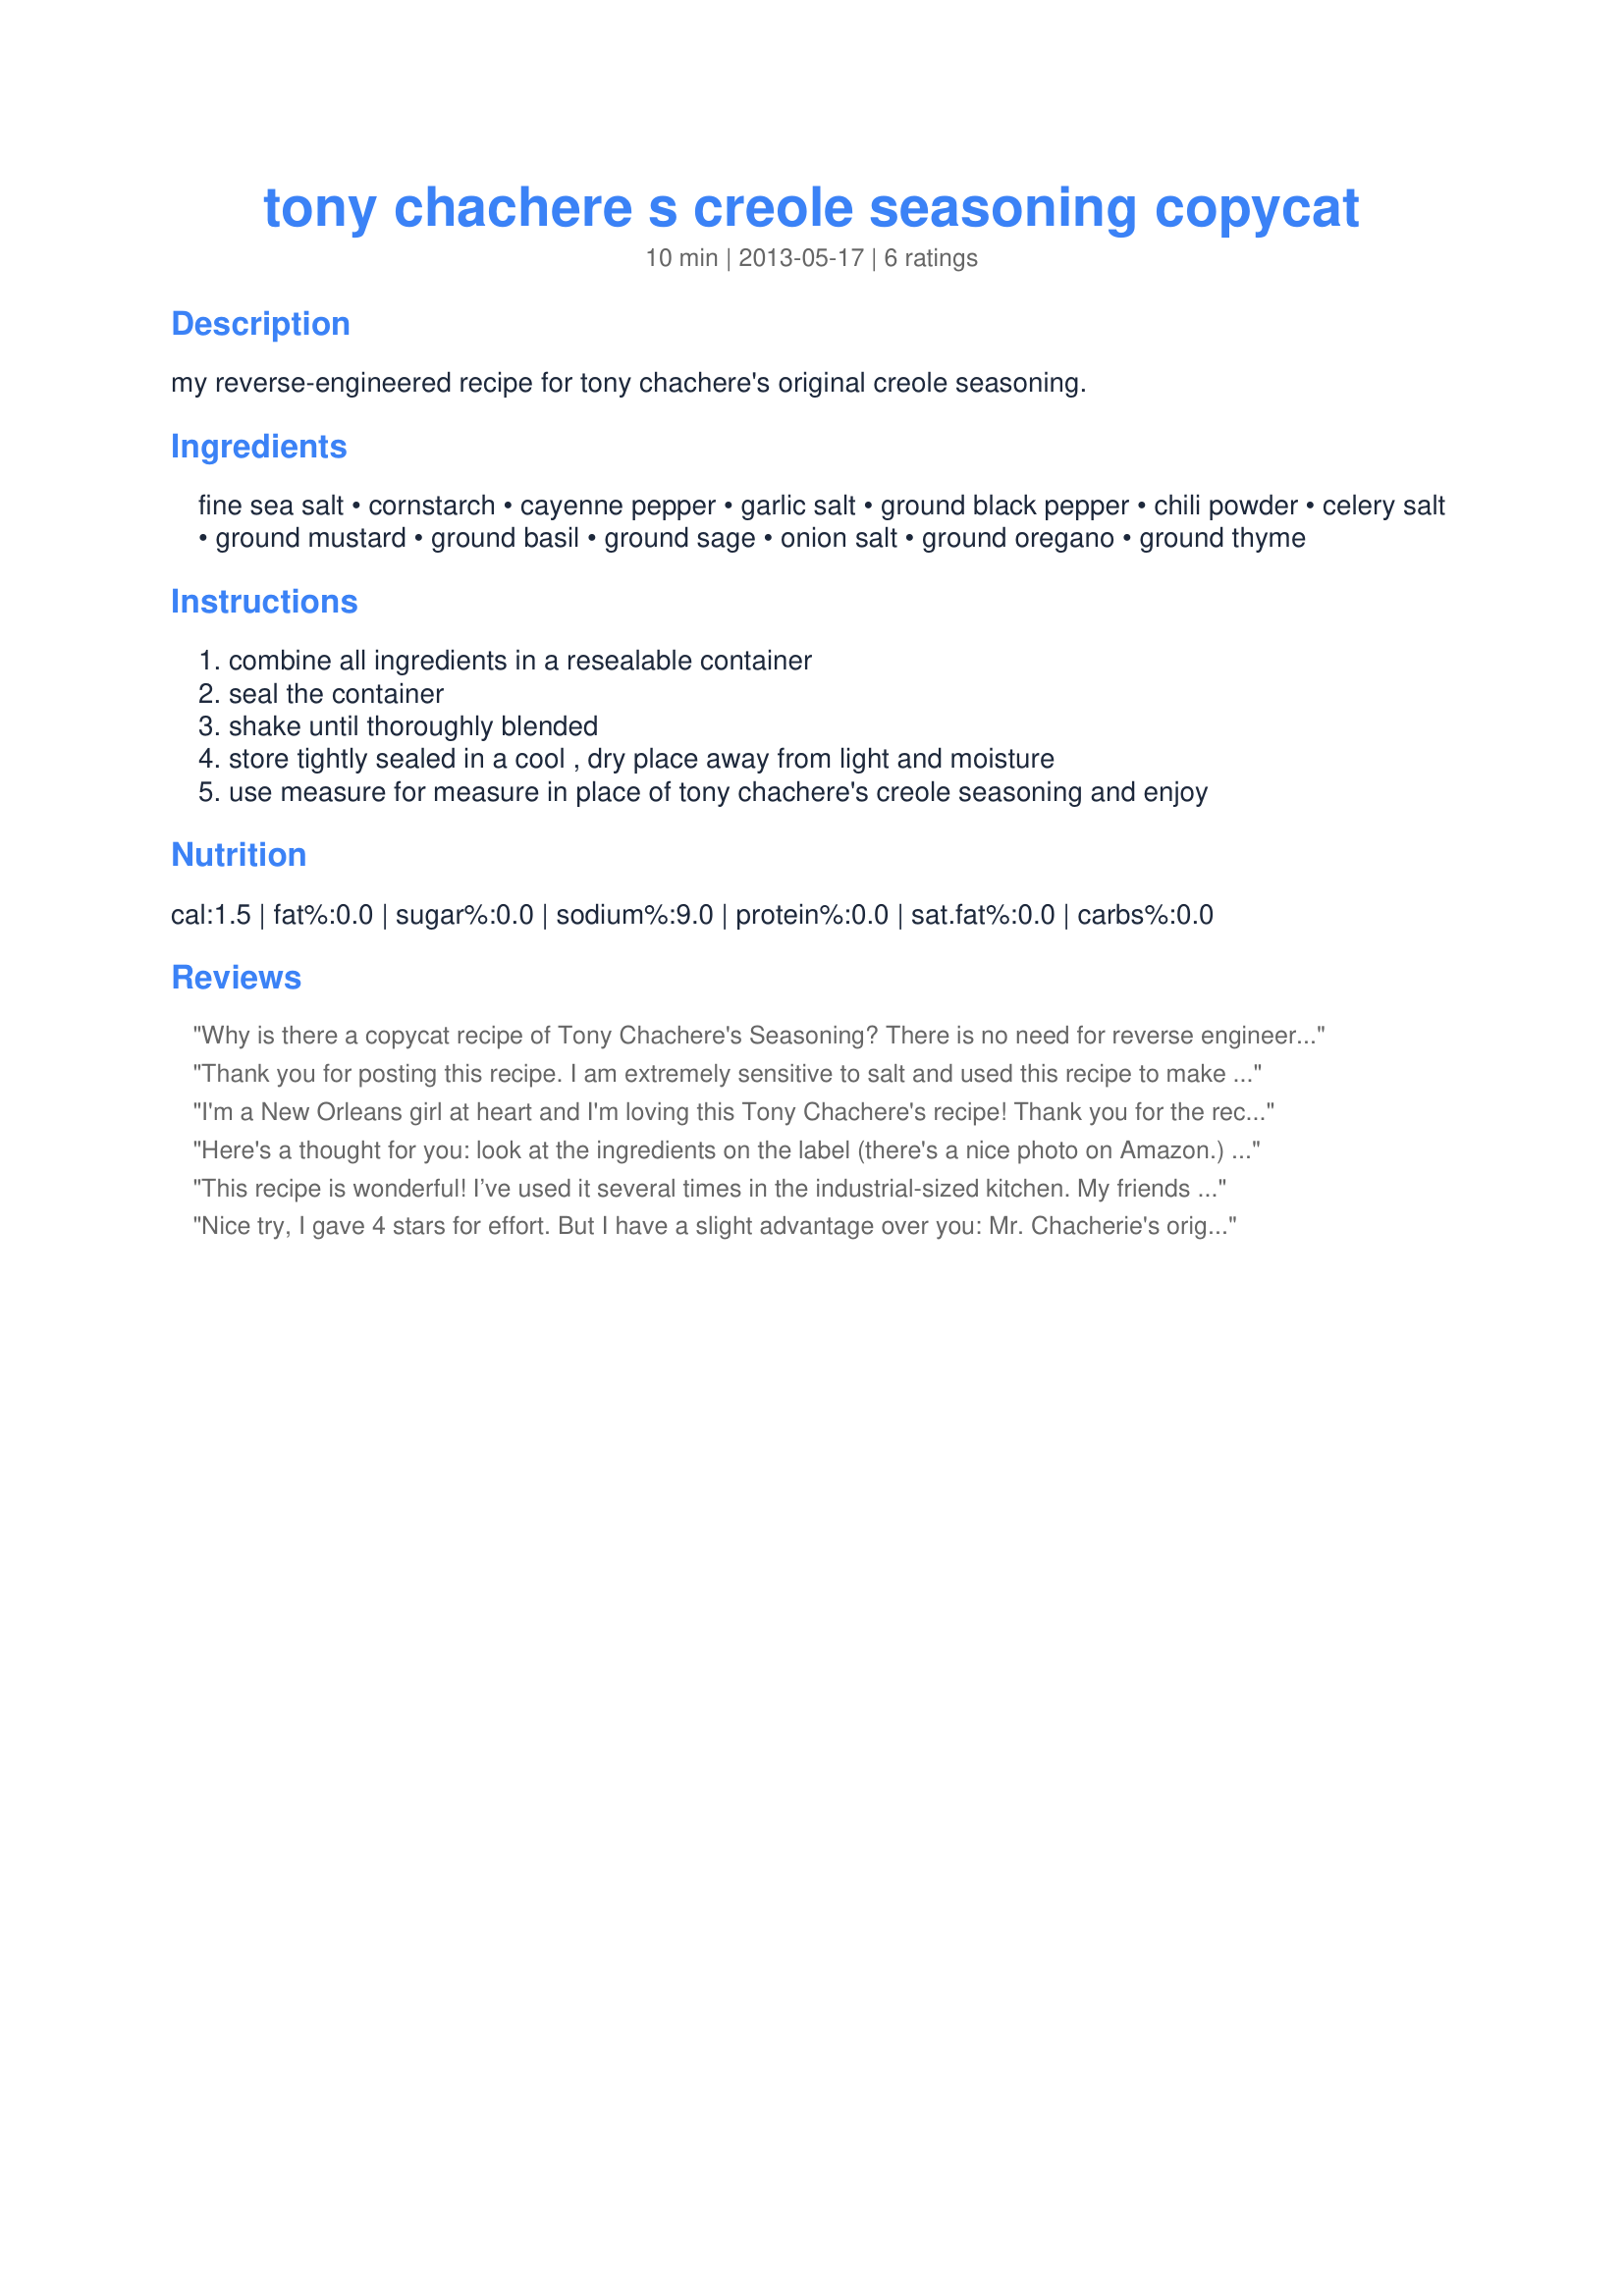
tony chachere s creole seasoning copycat
Preparation time: 10 minutes

my reverse-engineered recipe for tony chachere's original creole seasoning.

Ingredients:
fine sea salt, cornstarch, cayenne pepper, garlic salt, ground black pepper, chili powder, celery salt, ground mustard, ground basil, ground sage, onion salt, ground oregano, ground thyme

Steps:
combine all ingredients in a resealable container, seal the container, shake until thoroughly blended, store tightly sealed in a cool , dry place away from light and moisture, use measure for measure in place of tony chachere's creole seasoning and enjoy

Reviews:
Why is there a copycat recipe of Tony Chachere's Seasoning? There is no need for reverse engineering. Tony, himself, provides the EXACT recipe in his cookbook,Tony Chachere's Cajun Country Cookbook available on Amazon.com. Read the reviews. He notes in the cookbook that the recipe itself is worth the price of the cookbook. I have used the recipe for over 20 years and it is exactly as it is when you purchase the container in the store.
Thank you for posting this recipe. I am extremely sensitive to salt and used this recipe to make mine without all of the extra salt. I made a big batch of it and have been enjoying all of the flavors without worrying that I will stroke out at any moment.
I'm a New Orleans girl at heart and I'm loving this Tony Chachere's recipe! Thank you for the recipe, I used it on my Whole 30 blog!
Here's a thought for you: look at the ingredients on the label (there's a nice photo on Amazon.) The 'recipe' is a lot simpler than all the ingredients listed here. I'm not complaining, just mentioning that there are some extras in here that aren't in the original. You might like it better that way.
This recipe is wonderful! I’ve used it several times in the industrial-sized kitchen. My friends love everything I put it on. I do, however, cut back on the salt and the hots a little bit for them.
Nice try, I gave 4 stars for effort. But I have a slight advantage over you: Mr. Chacherie's original recipe, which he generously included in his cookbook, along with an added bonus on how to modify it especially for seafood. 26 oz. Salt 1 1/2 oz. Ground Black Pepper 2 oz. Ground Red Pepper 1 oz. Garlic Powder 1 oz. Chili Powder 1 oz. MSG (Accent) For Seafood Use half the above, plus: 1 tsp, Ground Thyme 1 tsp. Finely Crushed Bay Leaf 1 tsp. Sweet Dry Basil
